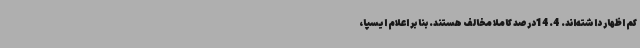
کم اظهار داشته‌اند. 14.4درصد کاملاً مخالف هستند. بنا بر اعلام ایسپا،